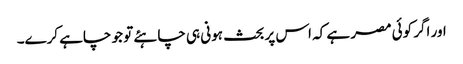
اور اگر کوئی مصر ہے کہ اس پر بحث ہونی ہی چاہئے تو جو چاہے کرے۔